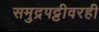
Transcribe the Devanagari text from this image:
समुद्रपट्टीवरही